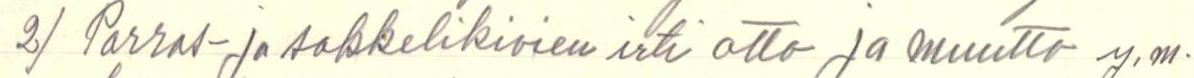
2) Porras- ja sokkelikivien irti otto ja muutto y.m.